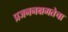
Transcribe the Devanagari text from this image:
प्रजननक्षमतेचा